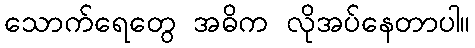
သောက်ရေတွေ အဓိက လိုအပ်နေတာပါ။